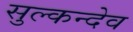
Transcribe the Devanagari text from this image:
सुल्कन्देव